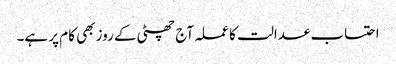
احتساب عدالت کا عملہ آج چھٹی کے روز بھی کام پر ہے۔